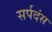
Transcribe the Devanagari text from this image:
सर्पदंस